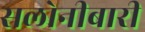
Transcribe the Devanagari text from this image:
सलोनीबारी